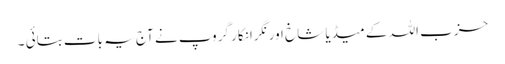
حزب اللہ کے میڈیا شاخ اور نگرانکار گروپ نے آج یہ بات بتائی ۔